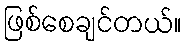
ဖြစ်စေချင်တယ်။